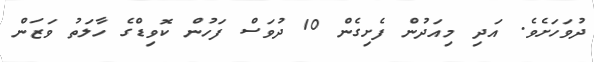
ދުވަހަށެވެ. އަދި މިއަދުން ފެށިގެން 10 ދުވަސް ފަހުން ކޮވިޑްގެ ހާލަތު ވަޒަން